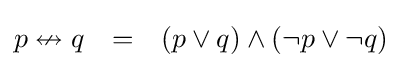
{\begin{matrix}p\nleftrightarrow q&=&(p\lor q)\land (\lnot p\lor \lnot q)\end{matrix}}